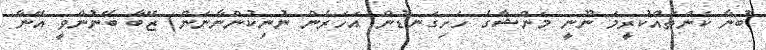
ބުނާ ކަންތައްކުރީމަ ނޫނީ މަންޝާގެ ހަށިގަނޑުން އަހަރެން ނުނިކުންނާނަން) ޒޭބާ ބޭނުންވީ އޭނާ